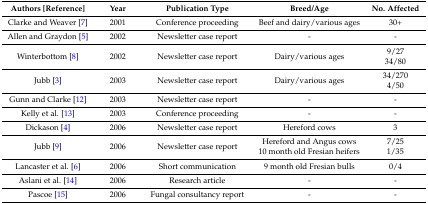
| Authors [Reference] | Year | Publication Type | Breed/Age | No. Affected |
 | --- | --- | --- | --- | --- |
 | Clarke and Weaver [7] | 2001 | Conference proceeding | Beef and dairy/various ages | 30+ |
 | Allen and Graydon [5] | 2002 | Newsletter case report | - | - |
 | Winterbottom [8] | 2002 | Newsletter case report | Dairy/various ages | 9/2734/80 |
 | Jubb [3] | 2003 | Newsletter case report | Dairy/various ages | 34/2704/50 |
 | Gunn and Clarke [12] | 2003 | Newsletter case report | - | - |
 | Kelly et al. [13] | 2003 | Conference proceeding | - | - |
 | Dickason [4] | 2006 | Newsletter case report | Hereford cows | 3 |
 | Jubb [9] | 2006 | Newsletter case report | Hereford and Angus cows10 month old Fresian heifers | 7/251/35 |
 | Lancaster et al. [6] | 2006 | Short communication | 9 month old Fresian bulls | 0/4 |
 | Aslani et al. [14] | 2006 | Research article | - | - |
 | Pascoe [15] | 2006 | Fungal consultancy report | - | - |